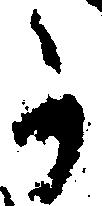
か